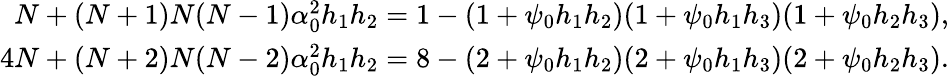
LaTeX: \begin{array}{r}{N+(N+1)N(N-1)\alpha_{0}^{2}h_{1}h_{2}=1-(1+\psi_{0}h_{1}h_{2})(1+\psi_{0}h_{1}h_{3})(1+\psi_{0}h_{2}h_{3}),}\\ {4N+(N+2)N(N-2)\alpha_{0}^{2}h_{1}h_{2}=8-(2+\psi_{0}h_{1}h_{2})(2+\psi_{0}h_{1}h_{3})(2+\psi_{0}h_{2}h_{3}).}\end{array}